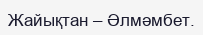
Жайықтан – Әлмәмбет.